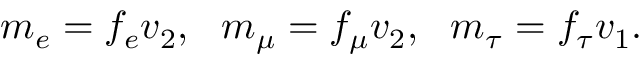
m _ { e } = f _ { e } v _ { 2 } , ~ ~ m _ { \mu } = f _ { \mu } v _ { 2 } , ~ ~ m _ { \tau } = f _ { \tau } v _ { 1 } .